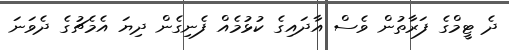
ދެ ޓީމްގެ ފަރާތުން ވެސް އާދައިގެ ކުޅުމެއް ފެނިގެން ދިޔަ އެމެޗުގެ ދެވަނަ